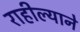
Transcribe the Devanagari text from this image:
राहील्याने